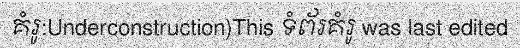
គំរូ:Underconstruction)This ទំព័រគំរូ was last edited